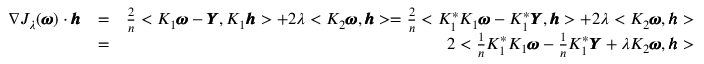
\begin{array} { r l r } { \nabla J _ { \lambda } ( \pmb \omega ) \cdot \pmb h } & { = } & { \frac { 2 } { n } < K _ { 1 } \pmb \omega - \pmb Y , K _ { 1 } \pmb h > + 2 \lambda < K _ { 2 } \pmb \omega , \pmb h > = \frac { 2 } { n } < K _ { 1 } ^ { * } K _ { 1 } \pmb \omega - K _ { 1 } ^ { * } \pmb Y , \pmb h > + 2 \lambda < K _ { 2 } \pmb \omega , \pmb h > } \\ & { = } & { 2 < \frac { 1 } { n } K _ { 1 } ^ { * } K _ { 1 } \pmb \omega - \frac { 1 } { n } K _ { 1 } ^ { * } \pmb Y + \lambda K _ { 2 } \pmb \omega , \pmb h > } \end{array}